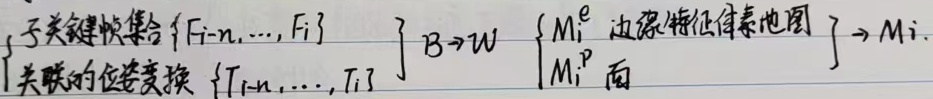
关键帧集合 $\begin{cases} \{F_{i - n}, \ldots, F_{i}\} \\\{T_{i - n}, \ldots, T_{i}\}\text{ 关联的位姿变换} \end{cases}$

$B \to W$

$\begin{cases} M_{i}^{\mathrm{e}}\text{ 边缘特征体素地图} \\M_{i}^{\mathrm{p}}\text{ 面} \end{cases}\to M_{i}$